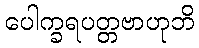
ပေါက္ခရပတ္တဗာဟုဘိ